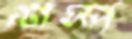
শস্প